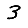
Digit: 3